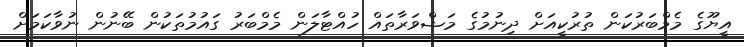
އީޔޫގެ މެމްބަރުކަން ތުރުކީއަށް ދިނުމުގެ މަޝްވަރާތައް ހުއްޓާލަން މެމްބަރު ގައުމުތަކުން ބޭނުން ނުވާކަމަށް